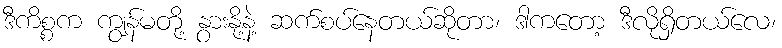
ဒီကိစ္စက ကျွန်မတို့ နွားနို့နဲ့ ဆက်စပ်နေတယ်ဆိုတာ၊ ဒါကတော့ ဒီလိုရှိတယ်လေ၊